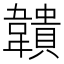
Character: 𩏡